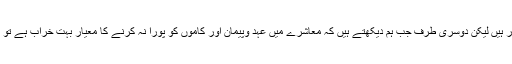
آپ اپنے ڈرائیور ، اپنے سسٹم اور اپنے بڑے پر بھروسا کرنے پر مجبور ہیں لیکن دوسری طرف جب ہم دیکھتے ہیں کہ معاشرے میں عہد وپیمان اور کاموں کو پورا نہ کرنے کا معیار بہت خراب ہے تو پھر انسان حوصلہ ہار بیٹھتا ہے اور کہتا ہے :’’میں اکیلا ہی ٹھیک ہوں ۔